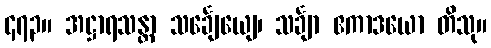
၄၇၃။ အဋ္ဌာရသန္တာ သင်္ချေယျေ၊ သင်္ချာ ဧကာဒယော တိသု။